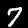
Digit: 7